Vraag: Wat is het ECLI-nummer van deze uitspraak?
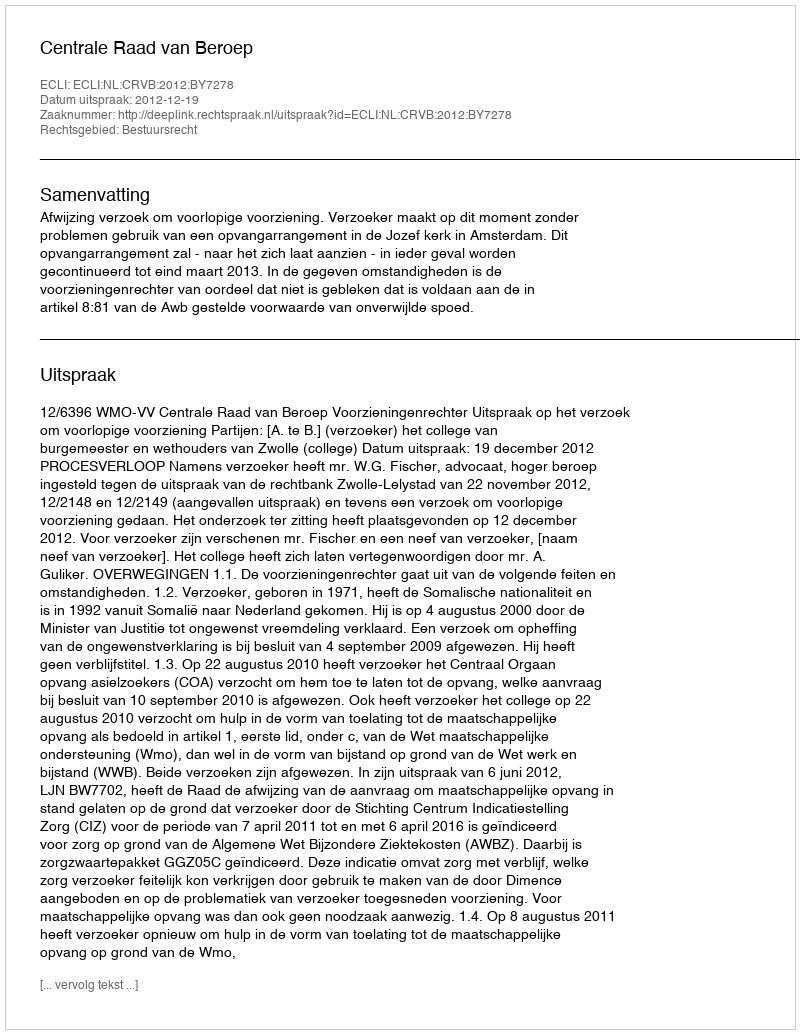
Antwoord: ECLI:NL:CRVB:2012:BY7278